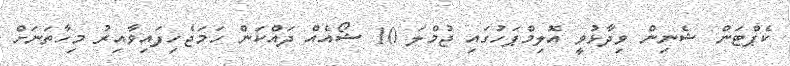
ކެޕްޓަން ޝެނިން ވިދާޅުވީ އޮލިމްޕަހުގައި ޖުމްލަ 10 ޝޯއެއް ދައްކަން ހަމަޖެހިފައިވާއިރު މިހާތަނަށް